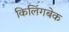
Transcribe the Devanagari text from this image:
किलिंगबेक